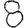
Digit: 8